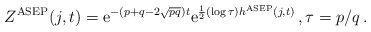
\begin{align*}Z^{\rm ASEP}(j,t) = \mathrm{e}^{-(p+q-2\sqrt{pq}) t} \mathrm{e}^{\frac{1}{2}(\log\tau) h^{\rm ASEP}(j,t) }\,,\tau = p/q\,. \end{align*}